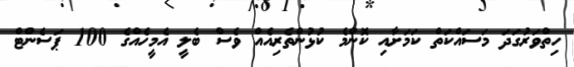
ހިތްވަރުގަދަ މަސައްކަތް ކަމަށާއި ކޮންމެ ކުޅުންތެރިއެއް ވެސް ބެލީ އެމީހެއްގެ 100 ޕަސެންޓް